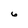
Character: 6